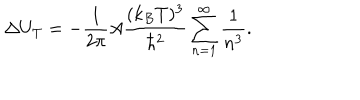
LaTeX: \Delta U _ { T } = - { \frac { 1 } { 2 \pi } } A { \frac { ( k _ { B } T ) ^ { 3 } } { \hbar ^ { 2 } } } \sum _ { n = 1 } ^ { \infty } { \frac { 1 } { n ^ { 3 } } } .